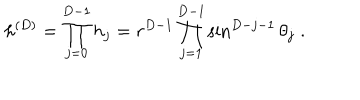
LaTeX: h ^ { ( { D } ) } = \prod _ { j = 0 } ^ { { D - 1 } } h _ { j } = r ^ { { D } - 1 } \prod _ { j = 1 } ^ { { D } - 1 } \sin ^ { { D } - j - 1 } \theta _ { j } \; .